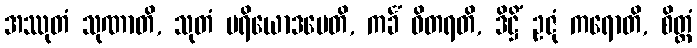
အဿုတံ သုဏာတိ, သုတံ ပရိယောဒပေတိ, ကင်္ခံ ဝိတရတိ, ဒိဋ္ဌိံ ဥဇုံ ကရောတိ, စိတ္တံ